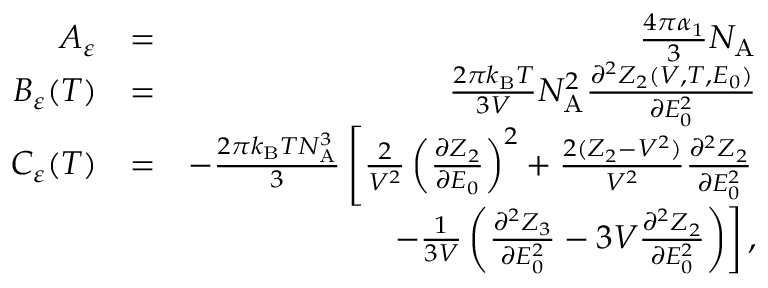
\begin{array} { r l r } { A _ { \varepsilon } } & { = } & { \frac { 4 \pi \alpha _ { 1 } } { 3 } N _ { \mathrm { A } } } \\ { B _ { \varepsilon } ( T ) } & { = } & { \frac { 2 \pi k _ { \mathrm { B } } T } { 3 V } N _ { \mathrm { A } } ^ { 2 } \frac { \partial ^ { 2 } Z _ { 2 } ( V , T , E _ { 0 } ) } { \partial E _ { 0 } ^ { 2 } } } \\ { C _ { \varepsilon } ( T ) } & { = } & { - \frac { 2 \pi k _ { \mathrm { B } } T N _ { \mathrm { A } } ^ { 3 } } { 3 } \left[ \frac { 2 } { V ^ { 2 } } \left( \frac { \partial Z _ { 2 } } { \partial E _ { 0 } } \right) ^ { 2 } + \frac { 2 ( Z _ { 2 } - V ^ { 2 } ) } { V ^ { 2 } } \frac { \partial ^ { 2 } Z _ { 2 } } { \partial E _ { 0 } ^ { 2 } } \right. } \\ & { } & { \left. - \frac { 1 } { 3 V } \left( \frac { \partial ^ { 2 } Z _ { 3 } } { \partial E _ { 0 } ^ { 2 } } - 3 V \frac { \partial ^ { 2 } Z _ { 2 } } { \partial E _ { 0 } ^ { 2 } } \right) \right] , } \end{array}